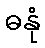
ဓနုံ